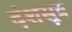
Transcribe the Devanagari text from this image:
दंशसूत्र